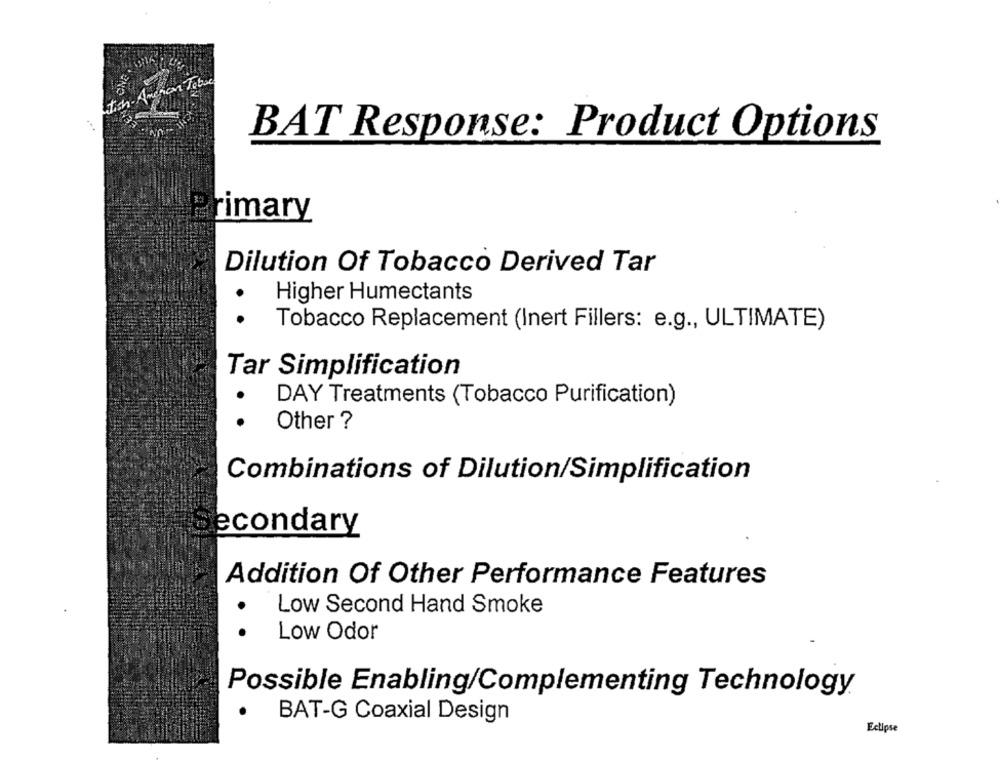
Stich - American Tobac
BAT Response: Product Options
rimary
Dilution Of Tobacco Derived Tar
Higher Humectants
Tobacco Replacement (Inert Fillers: e.g ., ULTIMATE)
Tar Simplification
.
DAY Treatments (Tobacco Purification)
.
Other ?
Combinations of Dilution/Simplification
econdary
Addition Of Other Performance Features
Low Second Hand Smoke
.
Low Odor
Possible Enabling/Complementing Technology
BAT-G Coaxial Design
Eclipse